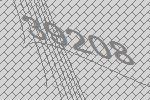
39208